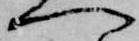
へ